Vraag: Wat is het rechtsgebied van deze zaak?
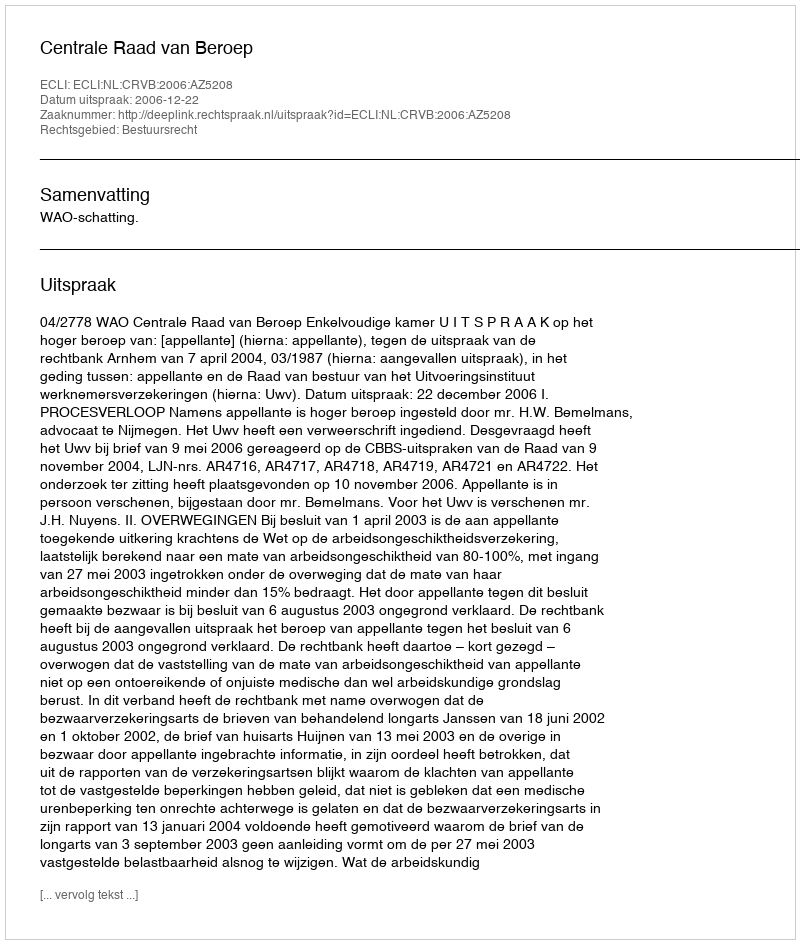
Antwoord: Bestuursrecht